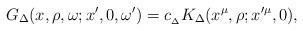
LaTeX: \begin{align*}{G_{\Delta}(x,\rho,\omega; x',0,\omega') = c_{_{\Delta}} K_{\Delta} (x^\mu, \rho; x'^{\mu},0),}\end{align*}